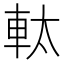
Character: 軚